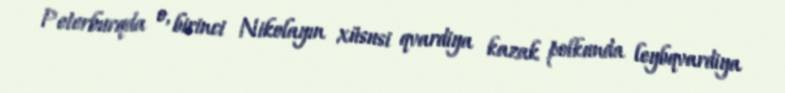
Peterburqda o, birinci Nikolayın xüsusi qvardiya kazak polkunda leybqvardiya